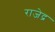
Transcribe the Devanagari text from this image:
राजेद्र